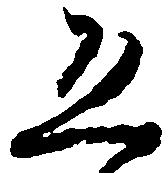
恐